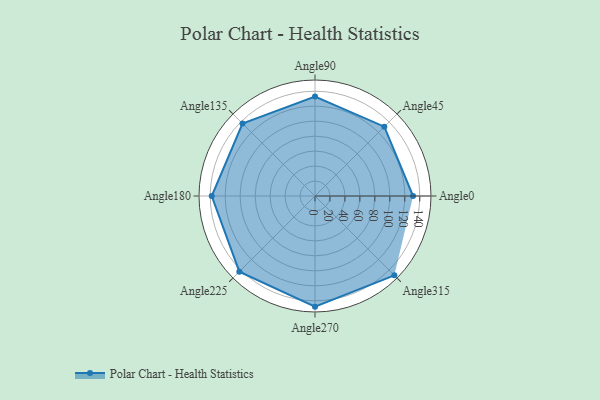
{"axis": {"x": "Angle", "y": "Radius"}, "legend": [""], "data": [{"x": "Angle0", "y": 131.0, "type": ""}, {"x": "Angle45", "y": 131.0, "type": ""}, {"x": "Angle90", "y": 133.0, "type": ""}, {"x": "Angle135", "y": 137.0, "type": ""}, {"x": "Angle180", "y": 138.0, "type": ""}, {"x": "Angle225", "y": 143.0, "type": ""}, {"x": "Angle270", "y": 148.0, "type": ""}, {"x": "Angle315", "y": 150.0, "type": ""}]}